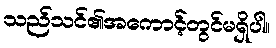
သည်သင်၏အကောင့်တွင်မရှိပါ။